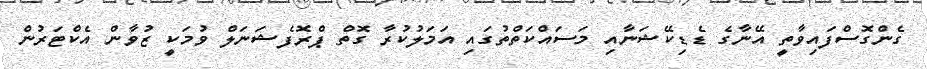
ގެންގޮސްފައިވާތީ އޭނާގެ ޑެޑިކޭޝަނާއި މަސައްކަތްތުގައި އަމަލުކުރާ ގޮތް ޕްރޮފެޝަނަލް ވުމަކީ ޒުވާން އެކްޓަރުން